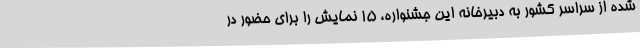
شده از سراسر کشور به دبیرخانه این جشنواره، 15 نمایش را برای حضور در